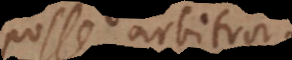
posse arbitror.